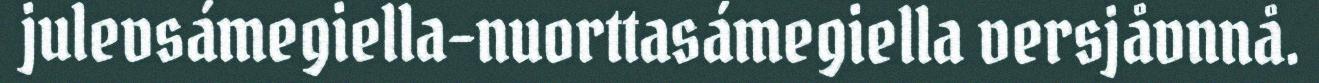
julevsámegiella-nuorttasámegiella versjåvnnå.